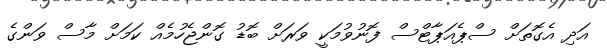
އަދި އެގޮތަށް ސްޕެއަޕާޓްސް ފޮނުވުމަކީ ވަރަށް ބޮޑު ގޮންޖެހުމެއް ކަމަށް މާސް ވަންގެ